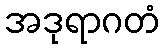
အဒုရာဂတံ